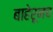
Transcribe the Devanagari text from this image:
बाहेरूनच